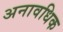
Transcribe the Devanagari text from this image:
अनावधिक